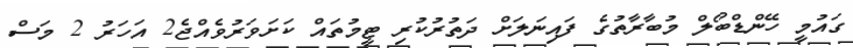
ގައުމީ ހޭންޑްބޯލް މުބާރާތުގެ ފައިނަލަށް ދަތުރުކުރި ޓީމުތައް ކަށަވަރުވެއްޖެ2 އަހަރު 2 މަސް